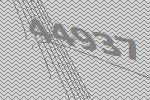
44937